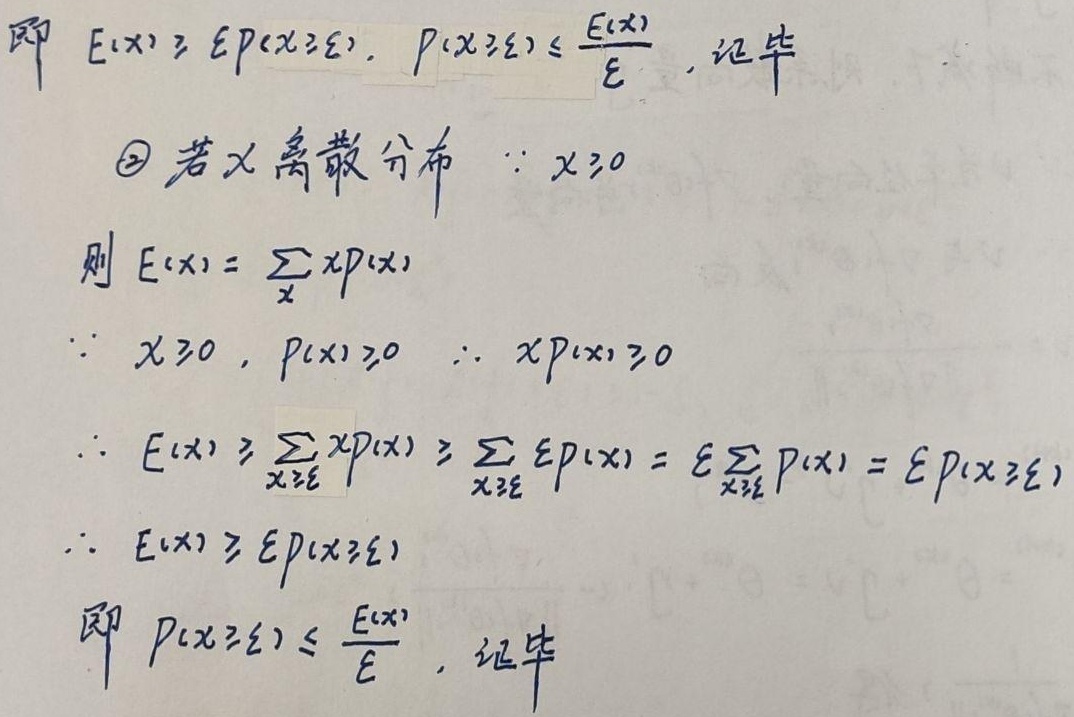
即 \(E(X)\geq\varepsilon P(X\geq\varepsilon)\)，\(P(X\geq\varepsilon)\leq \frac{E(X)}{\varepsilon}\)，证毕。

\textcircled{2} 若 \(X\) 离散分布，
\(\because X\geq0\)，则 \(E(X)=\sum_{x}xP(x)\)。
\(\because X\geq0\)，\(P(x)\geq0\)，
\(\therefore xP(x)\geq0\)。
\(\therefore E(X)\geq\sum_{x\geq\varepsilon}xP(x)\geq\sum_{x\geq\varepsilon}\varepsilon P(x)=\varepsilon\sum_{x\geq\varepsilon} P(x)=\varepsilon P(X\geq\varepsilon)\)。
\(\therefore E(X)\geq\varepsilon P(X\geq\varepsilon)\)，即 \(P(X\geq\varepsilon)\leq \frac{E(X)}{\varepsilon}\)，证毕。